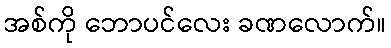
အစ်ကို ဘောပင်လေး ခဏလောက်။